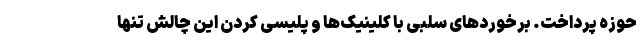
حوزه پرداخت. برخوردهای سلبی با کلینیک‌ها و پلیسی کردن این چالش تنها